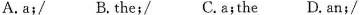
A.a;/ B.the;/ C.a;the D.an;/